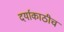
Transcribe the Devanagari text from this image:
दर्याकाठीच